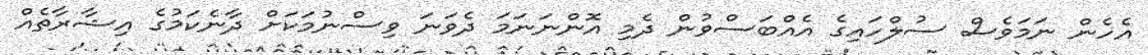
އެހެން ނަމަވެސް ސުލްހައިގެ އެއްބަސްވުން ދެމި އޮންނަނަމަ ދެވަނަ ވިސްނުމަކަށް ދާނެކަމުގެ އިޝާރާތެއް